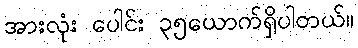
အားလုံး ပေါင်း ၃၅ယောက်ရှိပါတယ်။